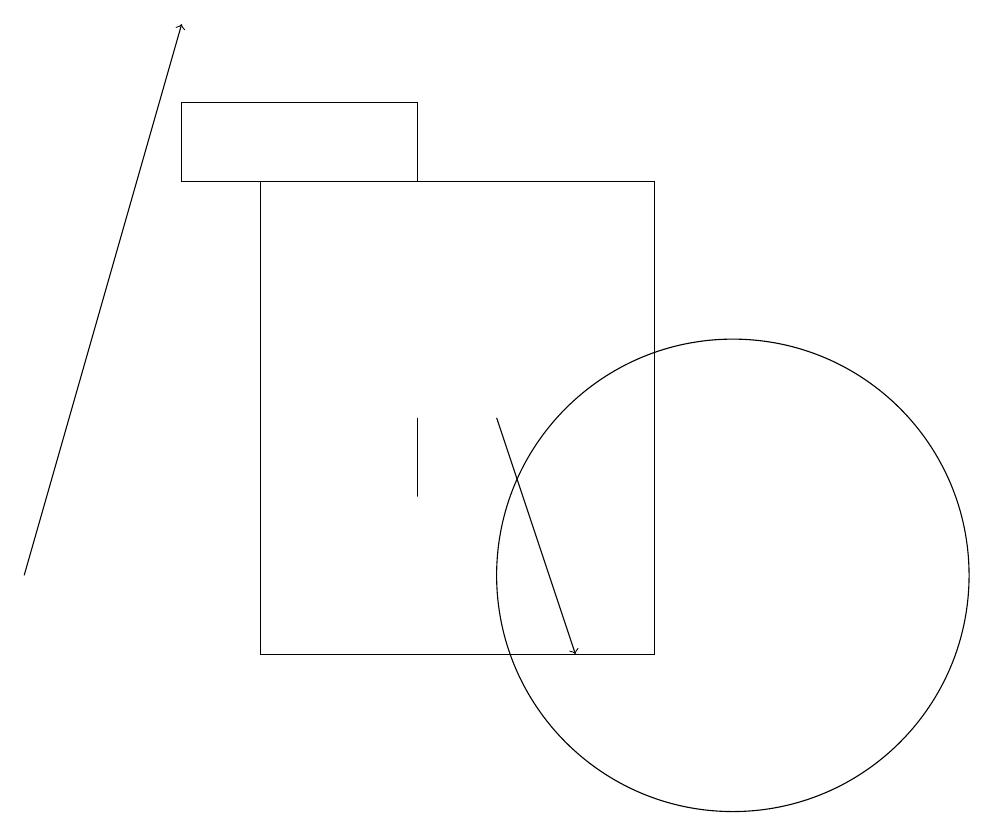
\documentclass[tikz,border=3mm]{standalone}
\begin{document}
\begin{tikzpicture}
\draw (3,16) rectangle (6,17);
\draw[->] (1,11) -- (3,18);
\draw (6,13) rectangle (6,12);
\draw (10,11) circle (3);
\draw[->] (7,13) -- (8,10);
\draw (9,16) rectangle (4,10);
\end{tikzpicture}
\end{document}